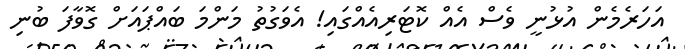
އަހަރެމެން އުޅުނީ ވެސް އެއް ކޮޓަރިއެއްގައި! އެވަގުތު މަންމަ ބައްޕައަށް ގޮވާފަ ބުނި